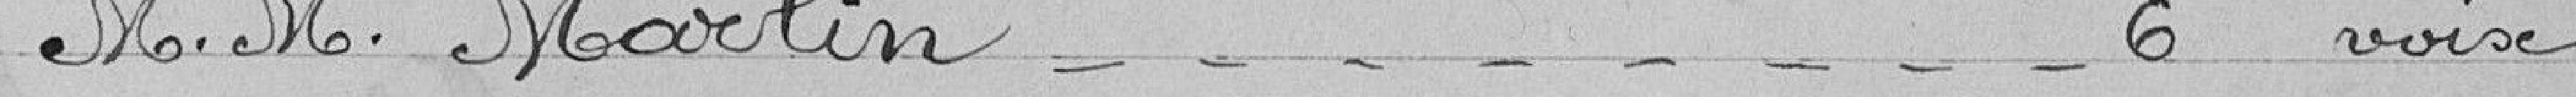
M.M. Marlin 6 voix